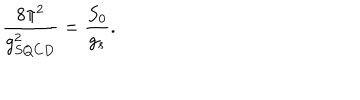
\frac { 8 \pi ^ { 2 } } { g _ { S Q C D } ^ { 2 } } = \frac { S _ { 0 } } { g _ { s } } .